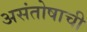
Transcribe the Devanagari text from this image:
असंतोषाची